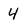
Character: 4